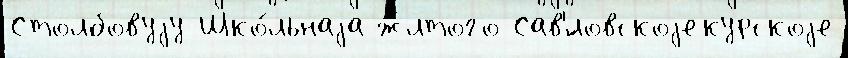
Столбовуjу Шко́льнаjа ж́лтого Сав'́ловскоjекурскоjе